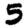
Digit: 5